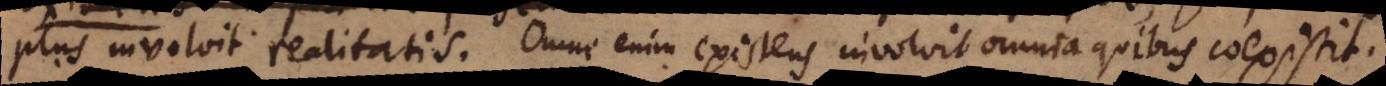
plus involvit realitatis. Omne enim existens involvit omnia quibus coexistit.